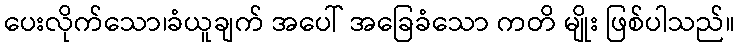
ပေးလိုက်သော၊ခံယူချက် အပေါ် အခြေခံသော ကတိ မျိုး ဖြစ်ပါသည်။